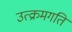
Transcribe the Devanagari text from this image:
उत्क्रमगति